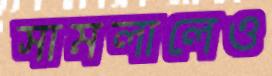
সামলালেও